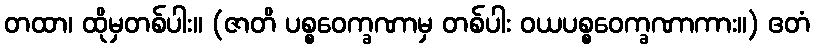
တထာ၊ ထိုမှတစ်ပါး။ (ဇာတိ ပစ္စဝေက္ခဏာမှ တစ်ပါး ဝယပစ္စဝေက္ခဏာကား။) ဧတံ